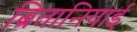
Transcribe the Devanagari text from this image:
ब्रितानियाई